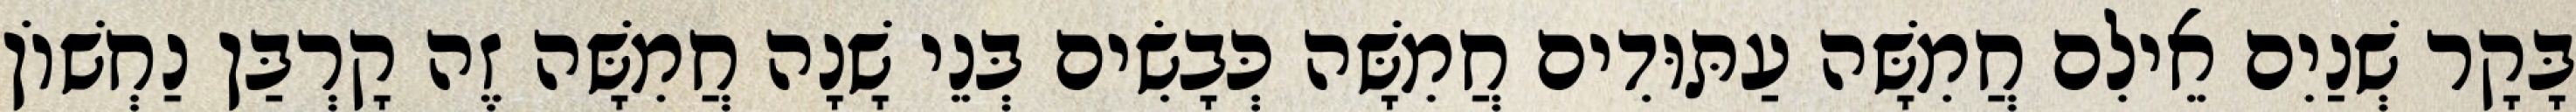
בָּקָר שְׁנַיִם אֵילִם חֲמִשָּׁה עַתּוּדִים חֲמִשָּׁה כְּבָשִׂים בְּנֵי שָׁנָה חֲמִשָּׁה זֶה קָרְבַּן נַחְשׁוֹן